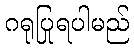
ဂရုပြုရပါမည်